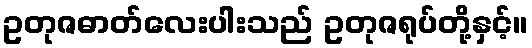
ဥတုဇဓာတ်လေးပါးသည် ဥတုဇရုပ်တို့နှင့်။